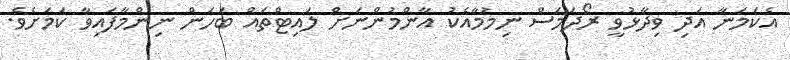
އެކަމަނާ އަދި ވިދާޅުވީ ރޯދަމަސް ނިމުމާއެކު އާންމުންނަށް ލައިޓްތައް ބަހަން ނިންމާފައިވާ ކަމަށެވެ.